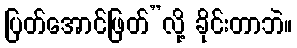
ပြတ်အောင်ဖြတ်”လို့ ခိုင်းတာဘဲ။